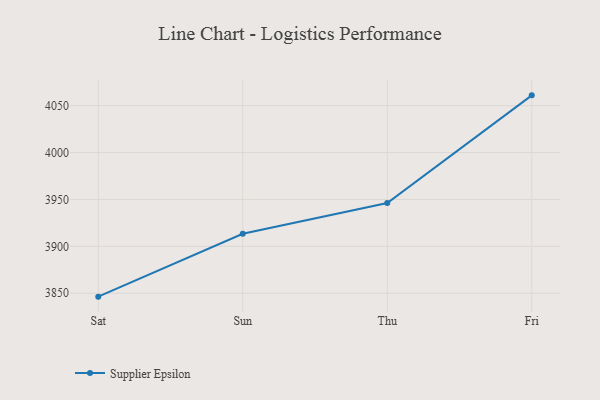
{"axis": {"x": "Day", "y": "Tickets Resolved"}, "legend": ["Supplier Epsilon"], "data": [{"x": "Sat", "y": 3846.3, "type": "Supplier Epsilon"}, {"x": "Sun", "y": 3913.4, "type": "Supplier Epsilon"}, {"x": "Thu", "y": 3946.2, "type": "Supplier Epsilon"}, {"x": "Fri", "y": 4061.0, "type": "Supplier Epsilon"}]}